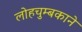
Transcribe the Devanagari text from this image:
लोहचुम्बकाने